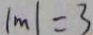
\vert m \vert = 3